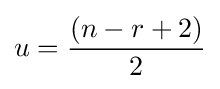
u={\frac {\left(n-r+2\right)}{2}}